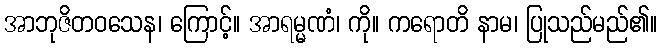
အာဘုဇိတဝသေန၊ ကြောင့်။ အာရမ္မဏံ၊ ကို။ ကရောတိ နာမ၊ ပြုသည်မည်၏။